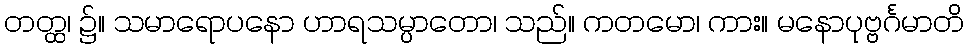
တတ္ထ၊ ၌။ သမာရောပနော ဟာရသမ္ပာတော၊ သည်။ ကတမော၊ ကား။ မနောပုဗ္ဗင်္ဂမာတိ